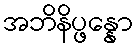
အဘိနိပ္ဖန္နော